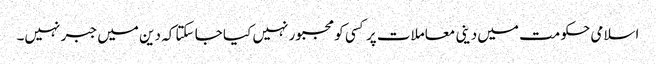
اسلامی حکومت میں دینی معاملات پر کسی کو مجبور نہیں کیا جا سکتا کہ دین میں جبر نہیں۔